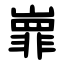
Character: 㠑